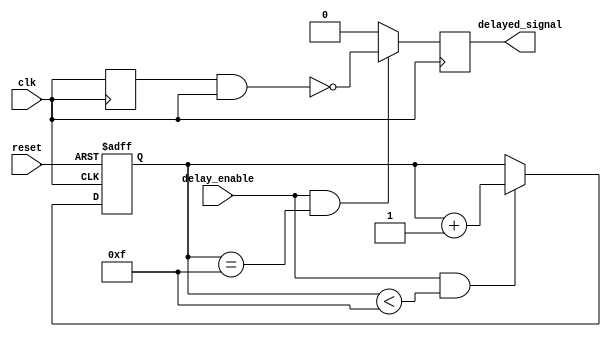
module NAND_Gate_Delay (
    input wire clk,
    input wire reset,
    input wire delay_enable,
    output reg delayed_signal
);

reg [3:0] delay_counter;
reg prev_clk;

always @(posedge clk or posedge reset) begin
    if (reset) begin
        delay_counter <= 4'b0000;
    end else if (delay_enable && delay_counter < 4'b1111) begin
        delay_counter <= delay_counter + 1;
    end
end

always @(posedge clk) begin
    if (delay_enable && delay_counter == 4'b1111) begin
        delayed_signal <= ~(prev_clk & clk);
    end else begin
        delayed_signal <= 1'b0;
    end
    prev_clk <= clk;
end

endmodule